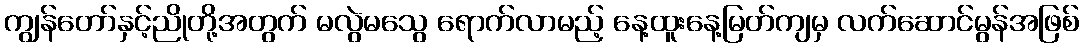
ကျွန်တော်နှင့်ညိုတို့အတွက် မလွဲမသွေ ရောက်လာမည့် နေ့ထူးနေ့မြတ်ကျမှ လက်ဆောင်မွန်အဖြစ်